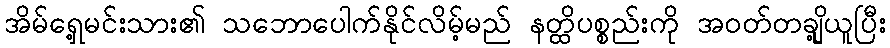
အိမ်ရှေ့မင်းသား၏ သဘောပေါက်နိုင်လိမ့်မည် နတ္ထိပစ္စည်းကို အဝတ်တချို့ယူပြီး